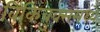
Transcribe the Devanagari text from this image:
विकिबुक्समध्ये